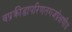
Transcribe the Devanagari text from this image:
वप्रक्रीडापरिणतगजप्रेक्षणीयं